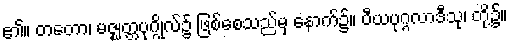
၏။ တတော၊ မဇ္ဈတ္တပုဂ္ဂိုလ်၌ ဖြစ်စေသည်မှ နောက်၌။ ပီယပုဂ္ဂလာဒီသု၊ တို့၌။